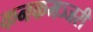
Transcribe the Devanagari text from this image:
कनकमञ्जरी